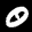
Label: 0